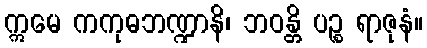
ဣမေ ကကုဓဘဏ္ဍာနိ၊ ဘဝန္တိ ပဉ္စ ရာဇုနံ။